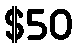
$50